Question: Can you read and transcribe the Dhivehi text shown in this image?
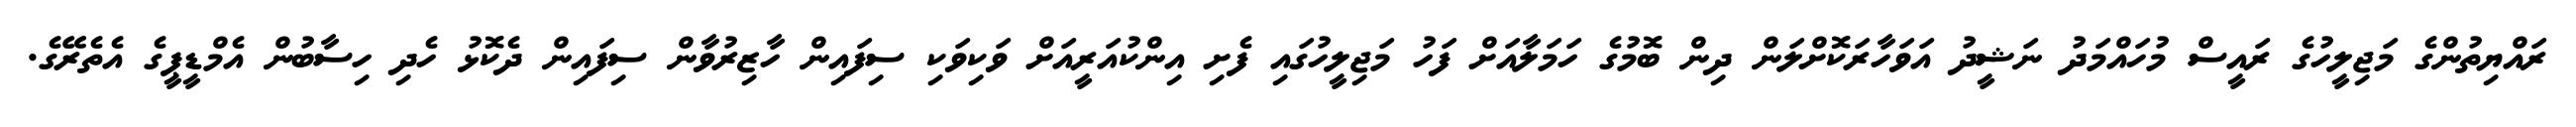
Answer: ރައްޔިތުންގެ މަޖިލީހުގެ ރައީސް މުހައްމަދު ނަޝީދު އަވަހާރަކޮށްލަން ދިން ބޮމުގެ ހަމަލާއަށް ފަހު މަޖިލީހުގައި ފެށި އިންކުއަރީއަށް ވަކިވަކި ސިފައިން ހާޒިރުވާން ސިފައިން ދެކޮޅު ހެދި ހިސާބުން އެމްޑީޕީގެ އެތެރޭގެ.